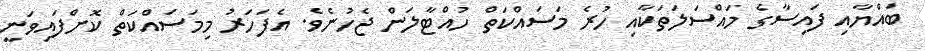
ބައްޔާއި ފައިސާގެ މައްސަލަތަކާއި ހުރެ މަސައްކަތް ހުއްޓާލަން ޖެހުނެވެ. އެފަހަރު މިމަސައްކަތް ކޮށްފައިވަނީ